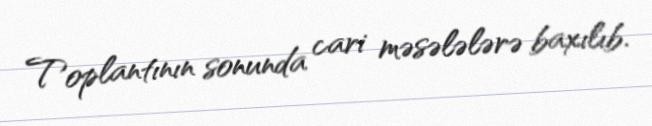
Toplantının sonunda cari məsələlərə baxılıb.